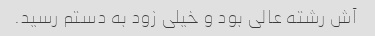
آش رشته عالی بود و خیلی زود به دستم رسید.